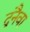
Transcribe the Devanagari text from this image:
द्रनैवा